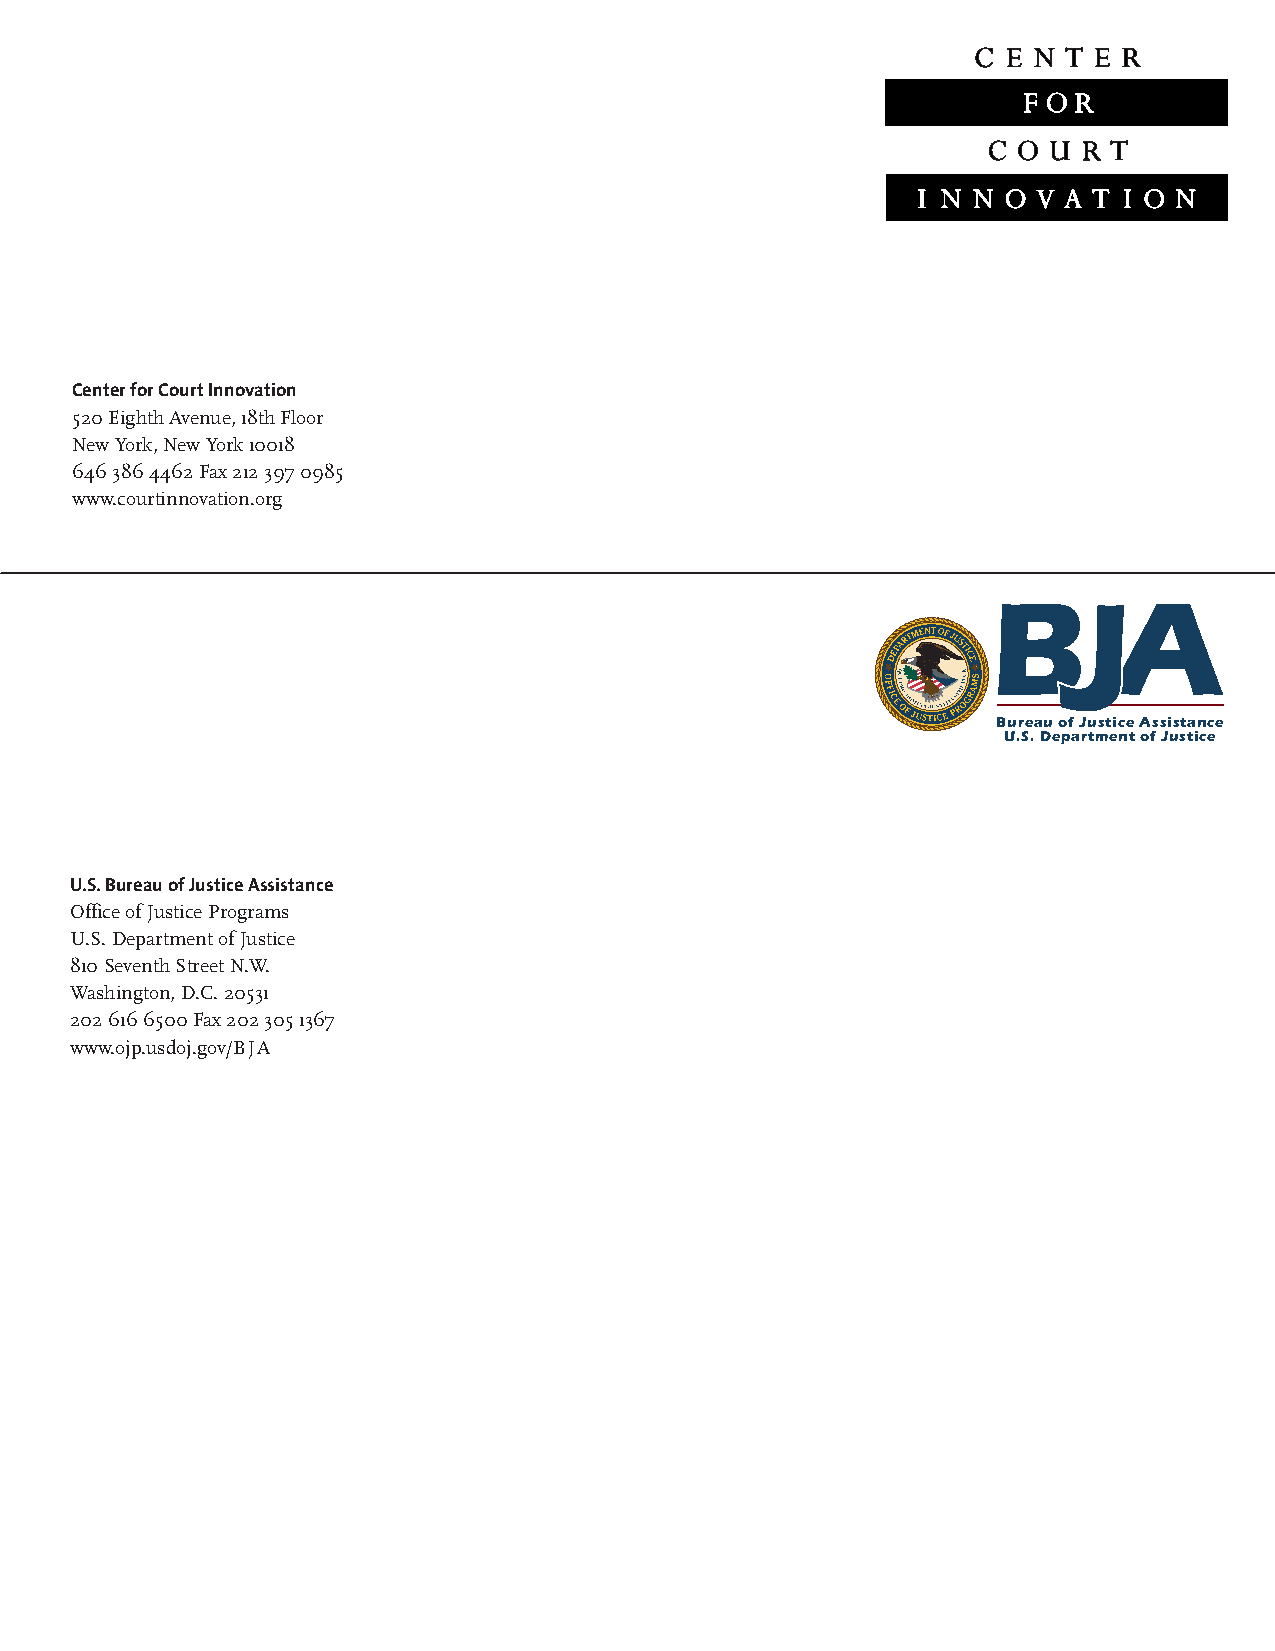
Center for Court Innovation
 520 Eighth Avenue, 18th Floor
 New York, New York 10018
 646 386 4462 Fax 212 397 0985
 www.courtinnovation.org
 Bureau of Justice Assistance
 U.S. Department of Justice
 U.S. Bureau of Justice Assistance
 Office of Justice Programs
 U.S. Department of Justice
 810 Seventh Street N.W.
 Washington, D.C. 20531
 202 616 6500 Fax 202 305 1367
 www.ojp.usdoj.gov/BJA